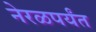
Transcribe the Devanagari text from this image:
नेरळपर्यंत